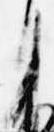
月